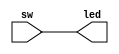
`timescale 1ns / 1ps
//////////////////////////////////////////////////////////////////////////////////
// Company: 
// Engineer: 
// 
// Design Name: 
// Module Name: lab1_sw_led_8
// Project Name: 
// Target Devices: 
// Tool Versions: 
// Description: 
// 
// Dependencies: 
// 
// Revision:
// Revision 0.01 - File Created
// Additional Comments:
// 
//////////////////////////////////////////////////////////////////////////////////


module lab1_sw_led_8(
    input [7:0] sw,
    output [7:0] led
    );
    assign led=sw;
endmodule